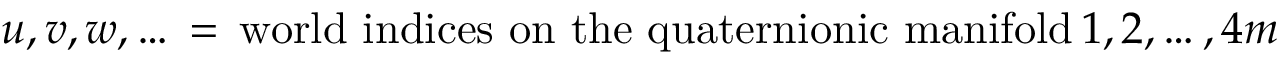
u , v , w , \dots \, = \, \mathrm { w o r l d ~ i n d i c e s ~ o n ~ t h e ~ q u a t e r n i o n i c ~ m a n i f o l d } \, 1 , 2 , \dots , 4 m